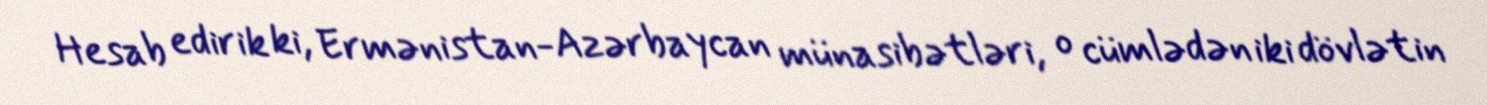
Hesab edirik ki, Ermənistan-Azərbaycan münasibətləri, o cümlədən iki dövlətin